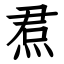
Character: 焄